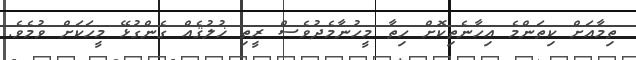
ތިމާއަށް ކިތަންމެ އިހާނެތިކޮށް ހިތާ މީހުނާމެދުވެސް ރީތި ޚުލުޤެއް ގެންގުޅޭ މީހަކަށް ވުމެވެ.